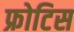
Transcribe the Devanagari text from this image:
फ्रोटिस